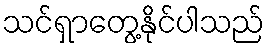
သင်ရှာတွေ့နိုင်ပါသည်